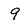
Character: 9